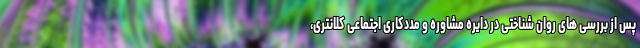
پس از بررسی های روان شناختی در دایره مشاوره و مددکاری اجتماعی کلانتری،